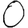
Digit: 0